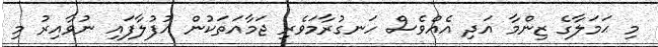
މި ޙަމަލާގެ ޒިންމާ އަދި އެއްވެސް ހަނގުރާމަވެރި ޖަމާއަތަކުން އުފުލާފައި ނުވާއިރު މި